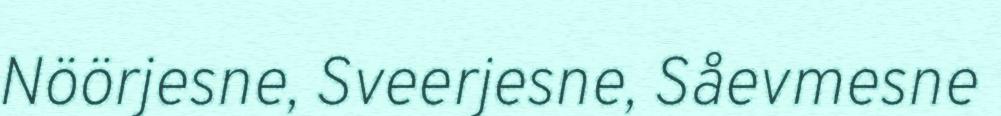
Nöörjesne, Sveerjesne, Såevmesne